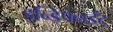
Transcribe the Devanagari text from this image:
इन्डिपेनडेंट